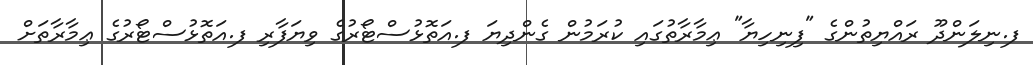
ފ.ނިލަންދޫ ރައްޔިތުންގެ "ފިނިހިޔާ" ޢިމާރާތުގައި ކުރަމުން ގެންދިޔަ ފ.އަތޮޅުސްޓޯރުގެ ވިޔަފާރި ފ.އަތޮޅުސްޓޯރުގެ ޢިމާރާތަށް